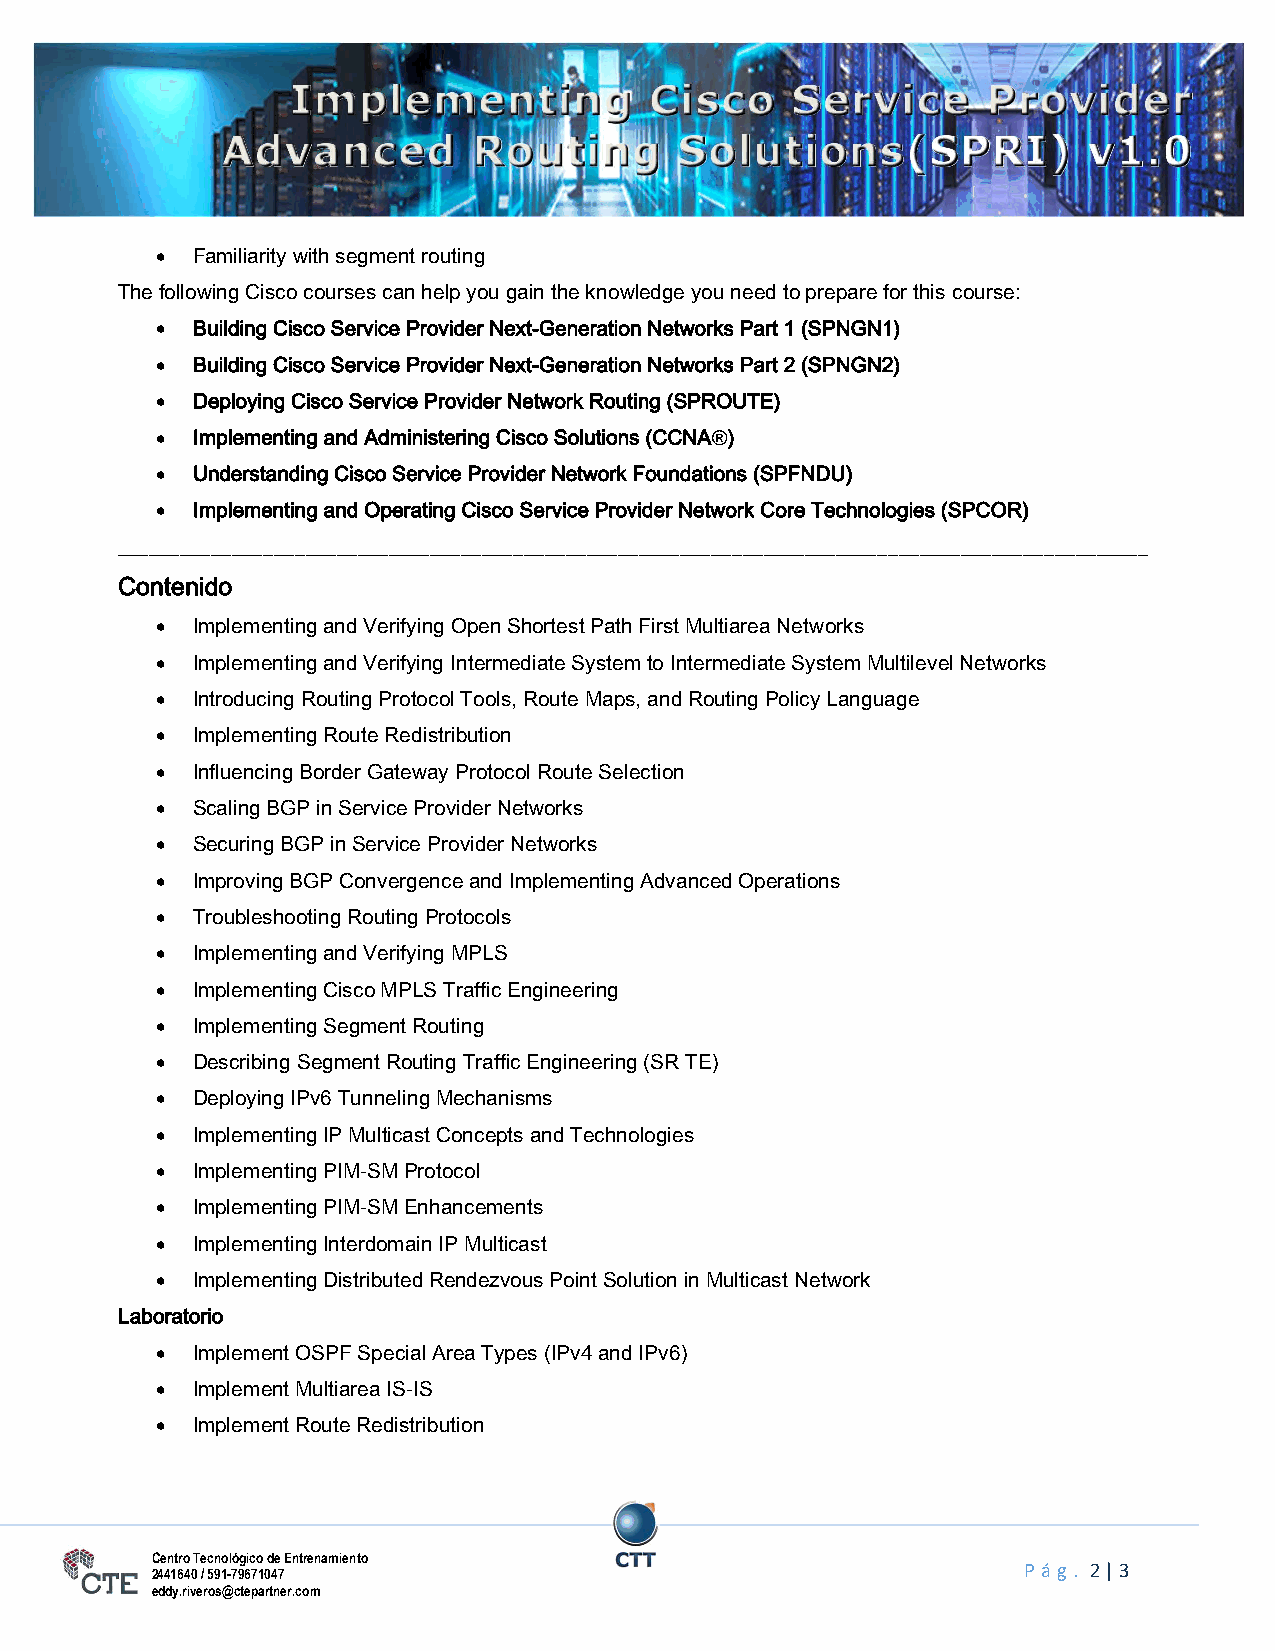
Implementing            Cisco    Service      Provider
 Advanced        Routing       Solutions(SPRI)            v1.0
   Familiarity with segment routing
 The following Cisco courses can help you gain the knowledge you need to prepare for this course:
   Building Cisco Service Provider Next-Generation Networks Part 1 (SPNGN1)
   Building Cisco Service Provider Next-Generation Networks Part 2 (SPNGN2)
   Deploying Cisco Service Provider Network Routing (SPROUTE)
   Implementing and Administering Cisco Solutions (CCNA®)
   Understanding Cisco Service Provider Network Foundations (SPFNDU)
   Implementing and Operating Cisco Service Provider Network Core Technologies (SPCOR)
 ___________________________________________________________________________________________________
 Contenido
   Implementing and Verifying Open Shortest Path First Multiarea Networks
   Implementing and Verifying Intermediate System to Intermediate System Multilevel Networks
   Introducing Routing Protocol Tools, Route Maps, and Routing Policy Language
   Implementing Route Redistribution
   Influencing Border Gateway Protocol Route Selection
   Scaling BGP in Service Provider Networks
   Securing BGP in Service Provider Networks
   Improving BGP Convergence and Implementing Advanced Operations
   Troubleshooting Routing Protocols
   Implementing and Verifying MPLS
   Implementing Cisco MPLS Traffic Engineering
   Implementing Segment Routing
   Describing Segment Routing Traffic Engineering (SR TE)
   Deploying IPv6 Tunneling Mechanisms
   Implementing IP Multicast Concepts and Technologies
   Implementing PIM-SM Protocol
   Implementing PIM-SM Enhancements
   Implementing Interdomain IP Multicast
   Implementing Distributed Rendezvous Point Solution in Multicast Network
 Laboratorio
   Implement OSPF Special Area Types (IPv4 and IPv6)
   Implement Multiarea IS-IS
   Implement Route Redistribution
 Centro Tecnológico de Entrenamiento
 2441640 / 591-79671047                                    P á g. 2 | 3
 eddy.riveros@ctepartner.com